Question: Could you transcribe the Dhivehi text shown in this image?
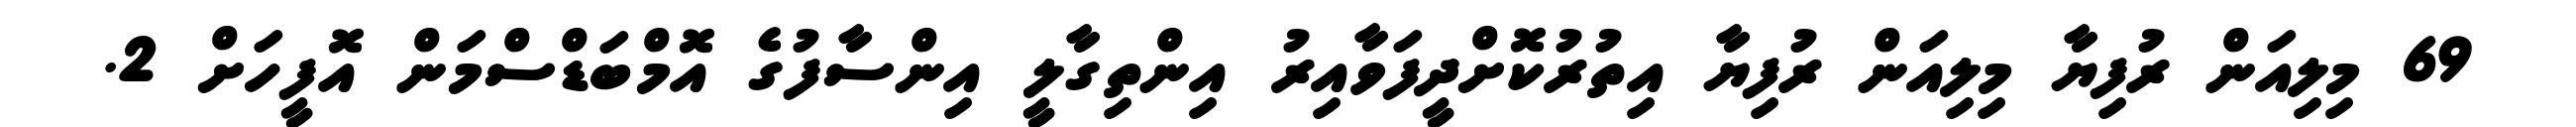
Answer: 69 މިލިއަން ރުފިޔާ މިލިއަން ރުފިޔާ އިތުރުކޮށްދީފަވާއިރު އިންތިގާލީ އިންސާފުގެ އޮމްބަޑްސްމަން އޮފީހަށް 2.